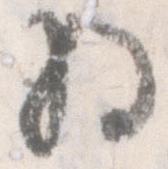
将